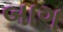
બાગ